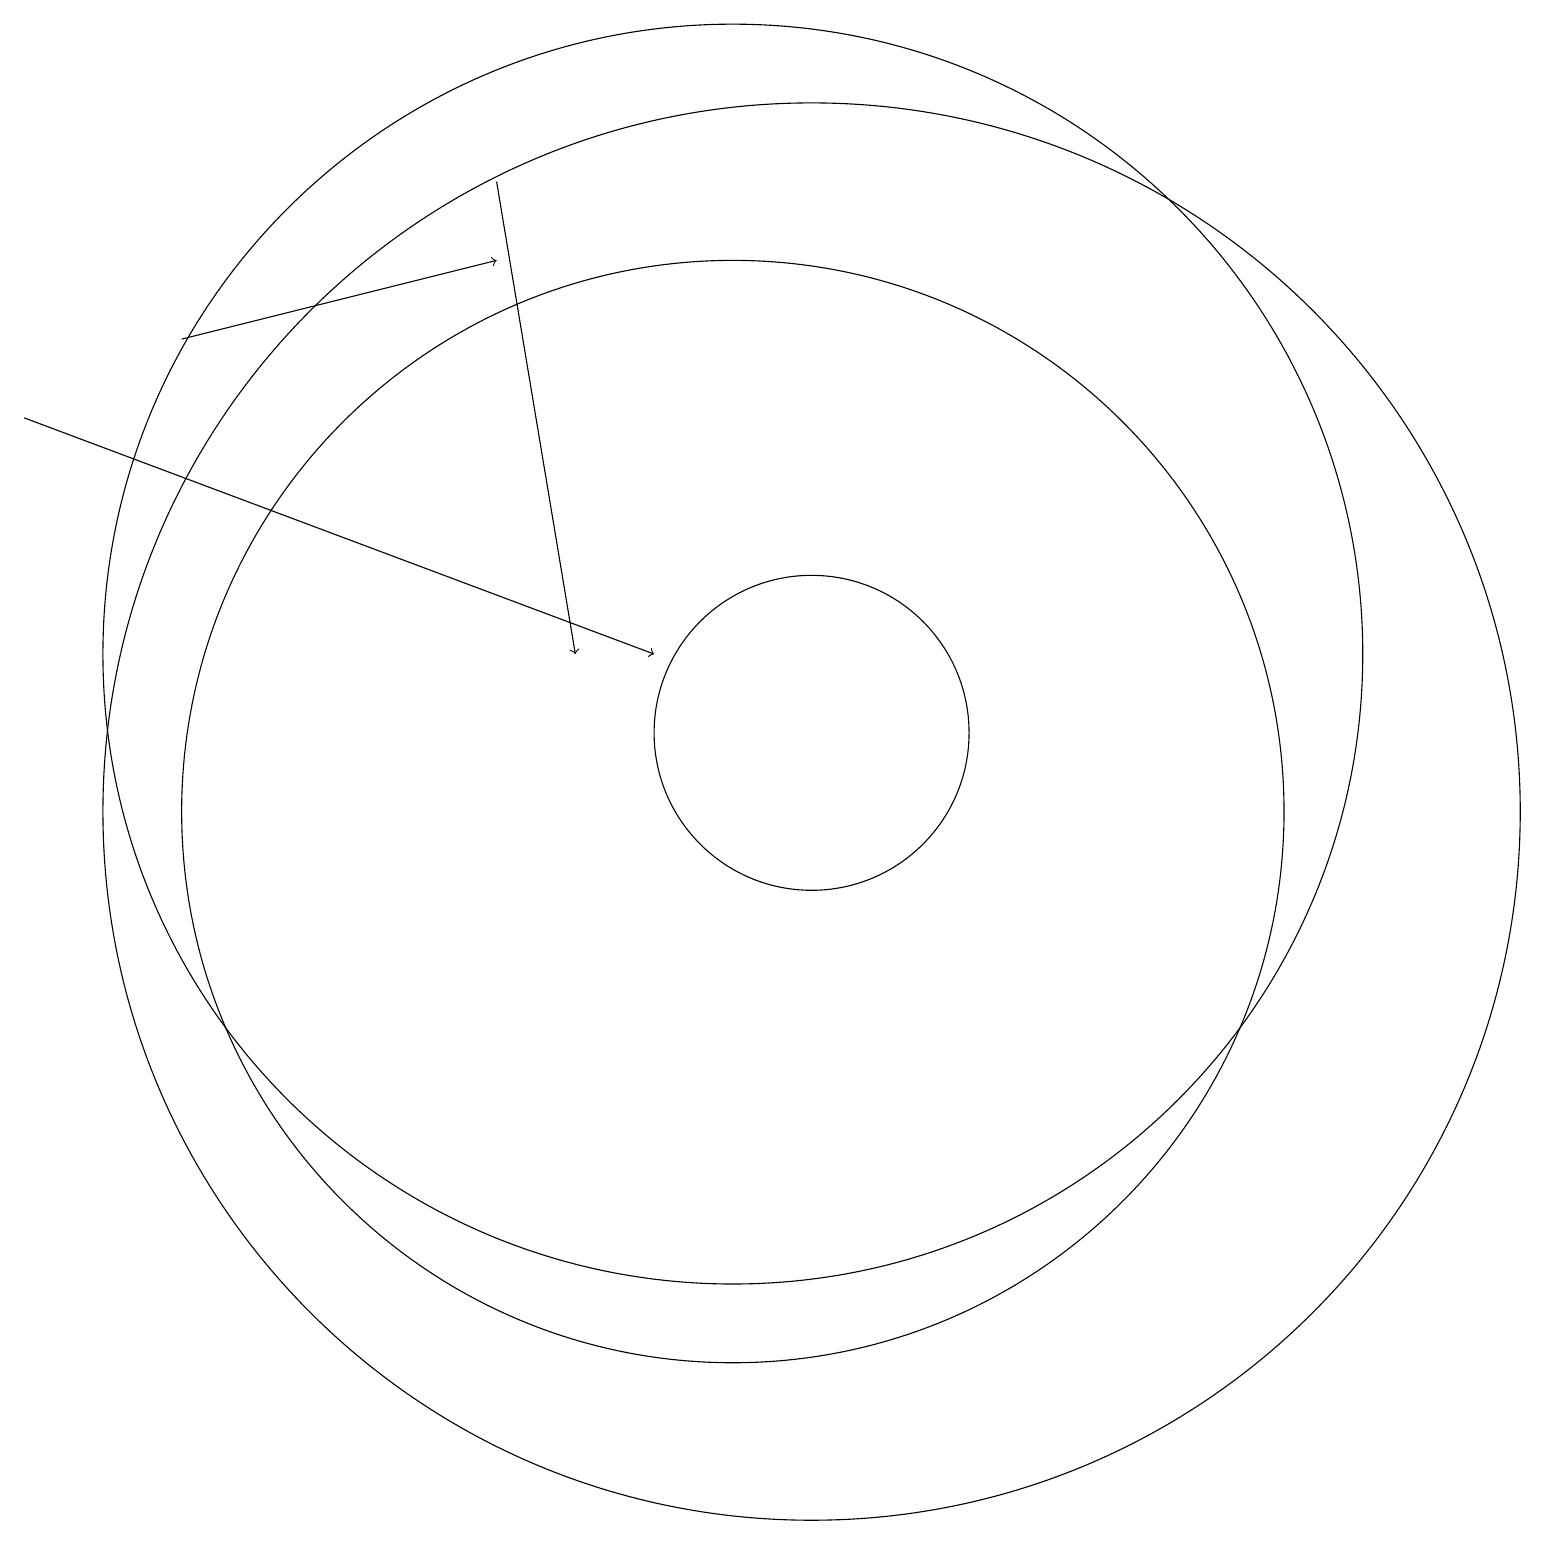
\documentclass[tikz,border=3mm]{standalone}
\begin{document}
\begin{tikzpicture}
\draw (11,11) circle (2);
\draw[->] (1,15) -- (9,12);
\draw[->] (3,16) -- (7,17);
\draw[->] (7,18) -- (8,12);
\draw (10,10) circle (7);
\draw (10,12) circle (8);
\draw (11,10) circle (9);
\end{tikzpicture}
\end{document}